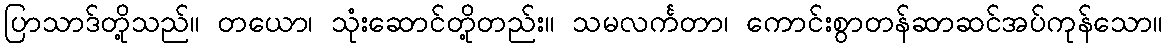
ပြာသာဒ်တို့သည်။ တယော၊ သုံးဆောင်တို့တည်း။ သမလင်္ကတာ၊ ကောင်းစွာတန်ဆာဆင်အပ်ကုန်သော။